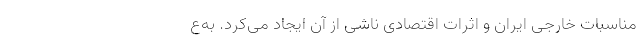
مناسبات خارجی ایران و اثرات اقتصادی ناشی از آن ایجاد می‌کرد. به‌ع